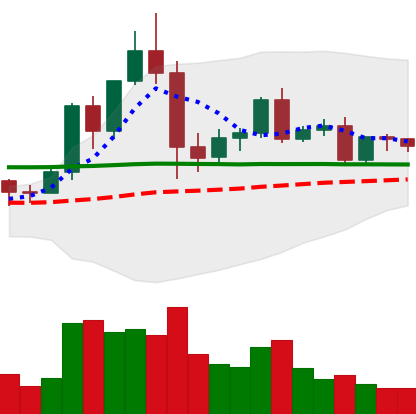
Ticker: EOS-USD
Chart end date: 2020-12-07
Forward return: -6.219%
Label: down_5_7